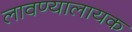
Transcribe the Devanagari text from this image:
लावण्यालायक